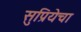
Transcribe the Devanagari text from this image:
सुप्रियेचा